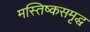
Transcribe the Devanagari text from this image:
मस्तिष्कसमृद्ध